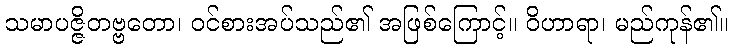
သမာပဇ္ဇိတဗ္ဗတော၊ ဝင်စားအပ်သည်၏ အဖြစ်ကြောင့်။ ဝိဟာရာ၊ မည်ကုန်၏။